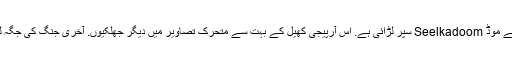
یہ آواز اور شیڈو لڑائی کے موڈ Seelkadoom سپر لڑائی ہے. اس آرپیجی کھیل کے بہت سے متحرک تصاویر میں دیگر جھلکیوں. آخری جنگ کی جگہ لینے کے بارے میں ہے!